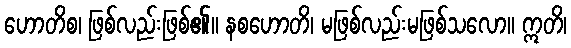
ဟောတိစ၊ ဖြစ်လည်းဖြစ်၏။ နစဟောတိ၊ မဖြစ်လည်းမဖြစ်သလော။ ဣတိ၊